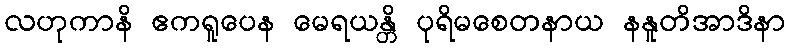
လဟုကာနိ ဧကရူပေန မေရယန္တိ ပုရိမစေတနာယ နနူတိအာဒိနာ